Annual report of the Central Committee of the Association together with the report of the directors of the Pasteur Institute at Kasauli
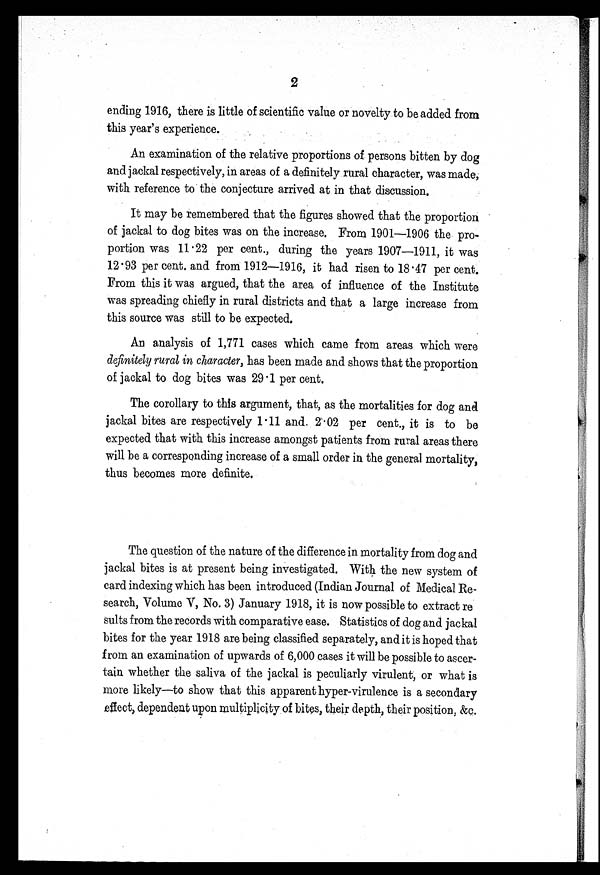
2
ending 1916, there is little of scientific value or novelty to be added from
this year's experience.
An examination of the relative proportions of persons bitten by dog
and jackal respectively, in areas of a definitely rural character, was made,
with reference to the conjecture arrived at in that discussion.
It may be remembered that the figures showed that the proportion
of jackal to dog bites was on the increase. From 1901—1906 the pro
-
portion was 11·22 per cent., during the years 1907—1911, it was
12·93 per cent. and from 1912—1916, it had risen to 18·47 per cent.
From this it was argued, that the area of influence of the Institute
was spreading chiefly in rural districts and that a large increase from
this source was still to be expected.
An analysis of 1,771 cases which came from areas which were
definitely rural in character, has been made and shows that the proportion
of jackal to dog bites was 29·1 per cent.
The corollary to this argument, that, as the mortalities for dog and
jackal bites are respectively 1·11 and 2·02 per cent., it is to be
expected that with this increase amongst patients from rural areas there
will be a corresponding increase of a small order in the genera] mortality,
thus becomes more definite.
The question of the nature of the difference in mortality from dog and
jackal bites is at present being investigated. With the new system of
card indexing which has been introduced (Indian Journal of Medical Re
-
search, Volume V, No. 3) January 1918, it is now possible to extract re
sults from the records with comparative ease. Statistics of dog and jackal
bites for the year 1918 are being classified separately, and it is hoped that
from an examination of upwards of 6,000 cases it will be possible to ascer
-
tain whether the saliva of the jackal is peculiarly virulent, or what is
more likely—to show that this apparent hyper-virulence is a secondary
effect, dependent upon multiplicity of bites, their depth, their position, &c.